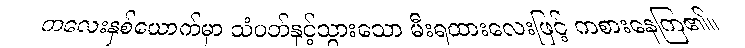
ကလေးနှစ်ယောက်မှာ သံပတ်နှင့်သွားသော မီးရထားလေးဖြင့် ကစားနေကြ၏။